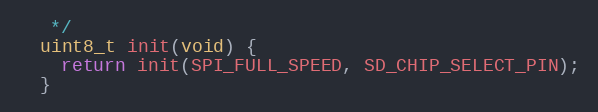
Language: C
   */
  uint8_t init(void) {
    return init(SPI_FULL_SPEED, SD_CHIP_SELECT_PIN);
  }